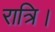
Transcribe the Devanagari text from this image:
रात्रि।